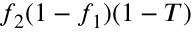
f _ { 2 } ( 1 - f _ { 1 } ) ( 1 - T )